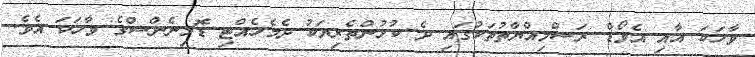
ވާހަކަ އާއި އެވޯޑް ރަސްމިއްޔާތުތަކުގައި ދެ ކުޅުންތެރިޔަކު ދެމެހެއްޓި ޑޮމިނެންސްގެ ވާހަކަ އެވެ.